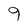
Character: 9